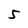
Character: 5